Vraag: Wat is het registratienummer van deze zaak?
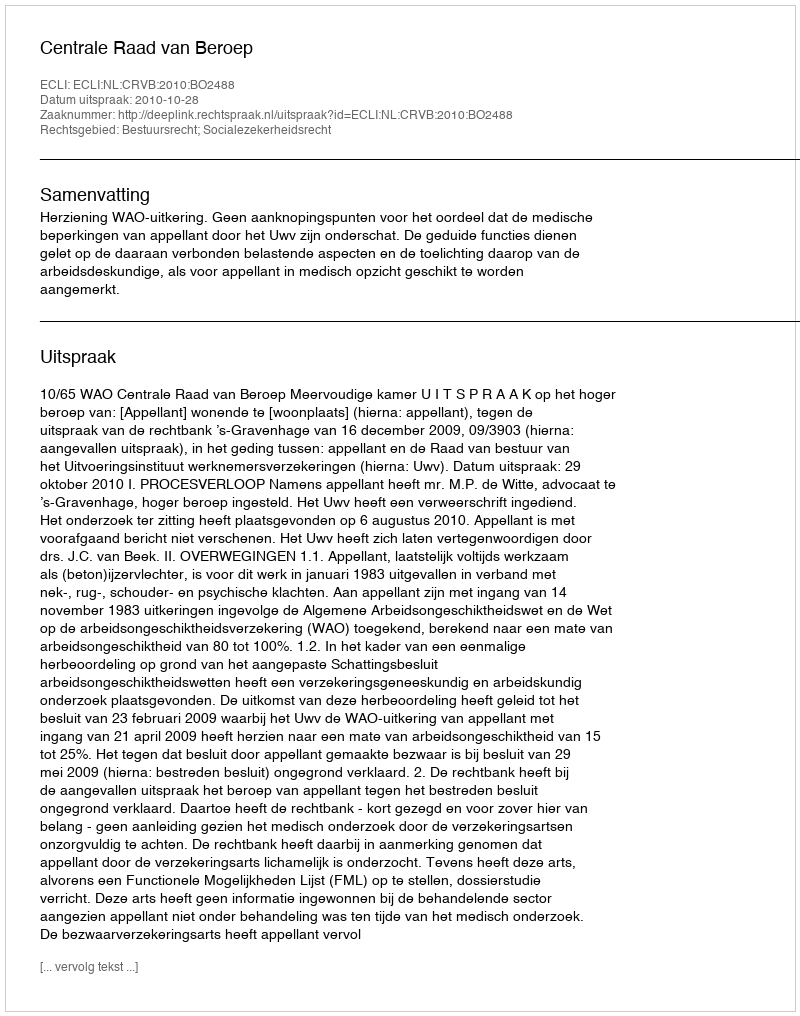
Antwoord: http://deeplink.rechtspraak.nl/uitspraak?id=ECLI:NL:CRVB:2010:BO2488